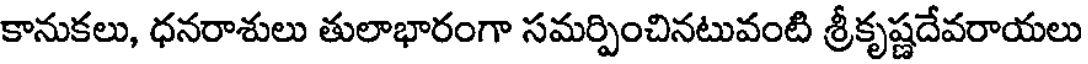
కానుకలు, ధనరాశులు తులాభారంగా సమర్పించినటువంటి శ్రీకృష్ణదేవరాయలు